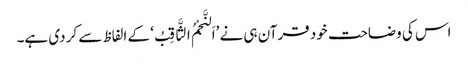
اس کی وضاحت خود قرآن ہی نے ’اَلنَّجْمُ الثَّاقِبُ‘ کے الفاظ سے کر دی ہے۔